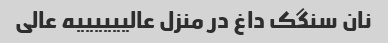
نان سنگک داغ در منزل عالییییییه عالی